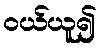
ဝယ်ယူ၍